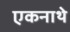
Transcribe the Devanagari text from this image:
एकनाथे